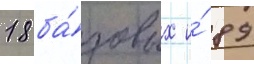
18 ба́зовых и́ 89